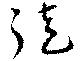
徒